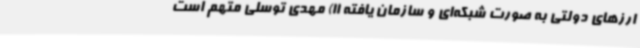
ارزهای دولتی به صورت شبکه‌ای و سازمان یافته 11) مهدی توسلی متهم است